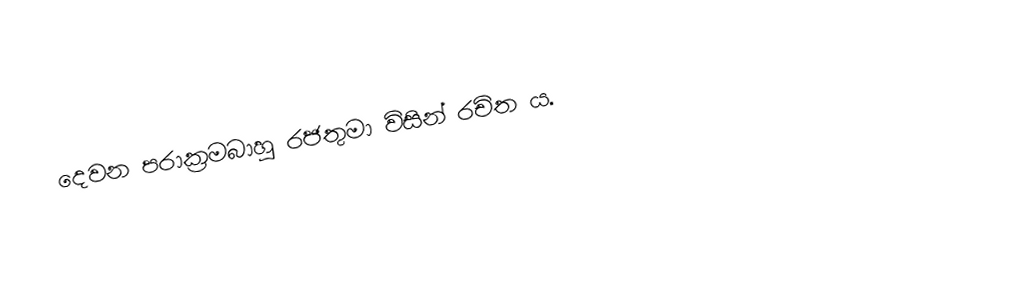
දෙවන පරාක්‍රමබාහු රජතුමා විසින් රචිත ය.